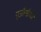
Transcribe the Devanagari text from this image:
एजीसीओ